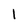
Character: 1